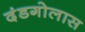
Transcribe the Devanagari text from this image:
दंडगोलास